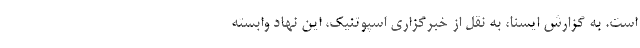
است. به گزارش ایسنا، به نقل از خبرگزاری اسپوتنیک، این نهاد وابسته